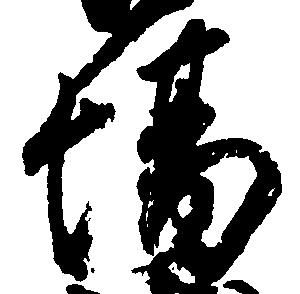
場